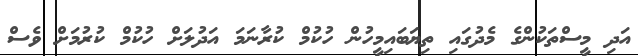
އަދި މީސްތަކުންގެ މެދުގައި ތިޔަބައިމީހުން ހުކުމް ކުރާނަމަ އަދުލަށް ހުކުމް ކުރުމަށް ވެސް